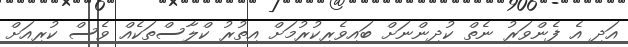
އަދި އެ ފެންވަރު ނެތް ކުދިންނަށް ބައިވެރިކުރުމަށް އިތުރު ކްލާސްތަކެއް ވެސް ކުރިއަށް